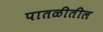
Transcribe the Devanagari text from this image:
पातळीतील